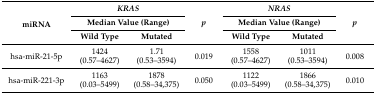
<table><thead><tr><td rowspan="3"><b>miRNA</b></td><td colspan="2"><b><i>KRAS</i></b></td><td rowspan="3"><b><i>p</i></b></td><td colspan="2"><b><i>NRAS</i></b></td><td rowspan="3"><b><i>p</i></b></td></tr><tr><td colspan="2"><b>Median Value (Range)</b></td><td colspan="2"><b>Median Value (Range)</b></td></tr><tr><td><b>Wild Type</b></td><td><b>Mutated</b></td><td><b>Wild Type</b></td><td><b>Mutated</b></td></tr></thead><tbody><tr><td>hsa-miR-21-5p</td><td>1424 (0.57–4627)</td><td>1.71 (0.53–3594)</td><td>0.019</td><td>1558 (0.57–4627)</td><td>1011 (0.53–3594)</td><td>0.008</td></tr><tr><td>hsa-miR-221-3p</td><td>1163 (0.03–5499)</td><td>1878 (0.58–34,375)</td><td>0.050</td><td>1122 (0.03–5499)</td><td>1866 (0.58–34,375)</td><td>0.010</td></tr></tbody></table>